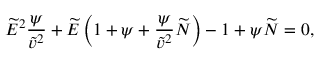
\widetilde { E } ^ { 2 } \frac { \psi } { \widetilde { v } ^ { 2 } } + \widetilde { E } \left( 1 + \psi + \frac { \psi } { \widetilde { v } ^ { 2 } } \widetilde { N } \right) - 1 + \psi \widetilde { N } = 0 ,